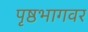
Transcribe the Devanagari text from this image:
पृष्ठभागवर